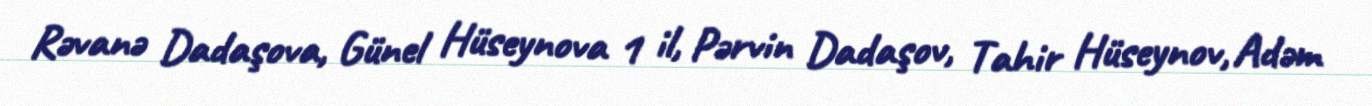
Rəvanə Dadaşova, Günel Hüseynova 1 il, Pərvin Dadaşov, Tahir Hüseynov, Adəm